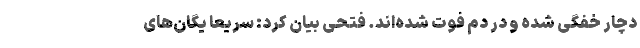
دچار خفگی شده و در دم فوت شده‌اند. فتحی بیان کرد: سریعاً یگان‌های